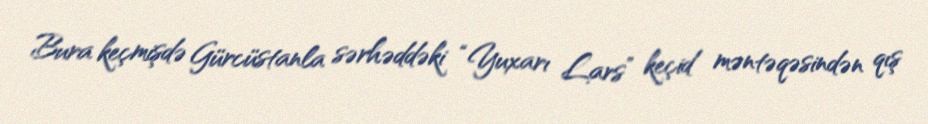
Bura keçmişdə Gürcüstanla sərhəddəki “Yuxarı Lars” keçid məntəqəsindən qış